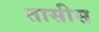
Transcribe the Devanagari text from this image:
तासीस